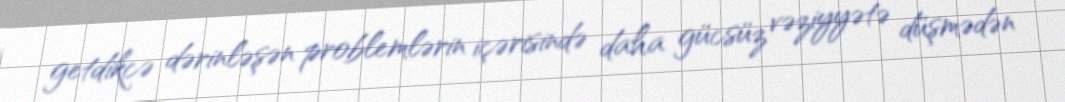
getdikcə dərinləşən problemlərin içərisində daha gücsüz vəziyyətə düşmədən